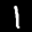
Digit: 1